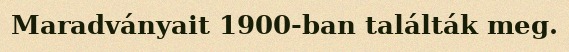
Maradványait 1900-ban találták meg.